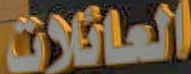
العائلات